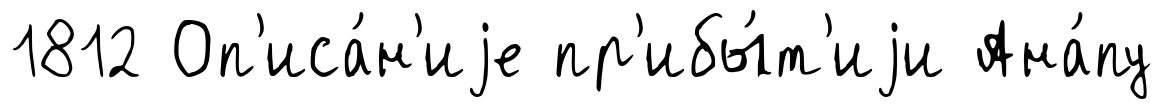
1812 Оп'иса́н'иjе пр'ибы́т'иjи Ана́пу